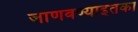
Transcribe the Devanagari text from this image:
जाणवण्याइतका